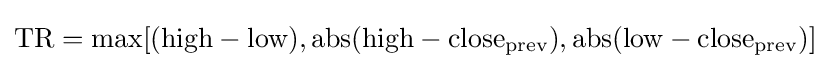
{\text{TR}}={\max[({\text{high}}-{\mbox{low}}),\operatorname {abs} ({\text{high}}-{\text{close}}_{\text{prev}}),\operatorname {abs} ({\text{low}}-{\text{close}}_{\text{prev}})]}